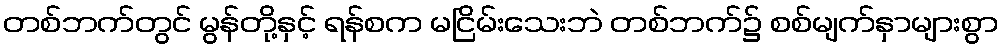
တစ်ဘက်တွင် မွန်တို့နှင့် ရန်စက မငြိမ်းသေးဘဲ တစ်ဘက်၌ စစ်မျက်နှာများစွာ